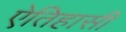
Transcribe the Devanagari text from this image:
ऐतिहासी